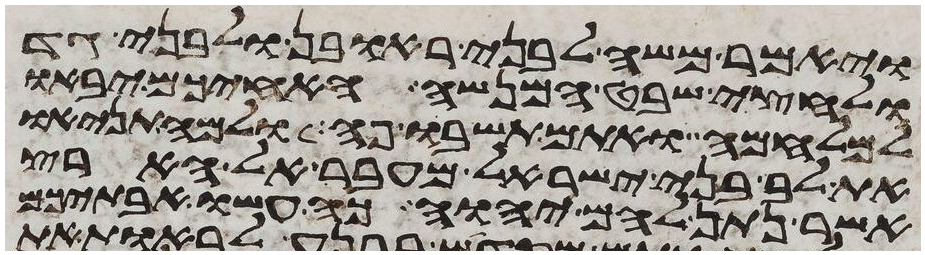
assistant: ויאמר משה לבני ראובן ולבני גד
ולחצי שבט המנשה האחיכם יבאו
למלחמה ואתם תשבו פה ולמה תניאו
את לב בני ישראל מעבר אל הארץ
אשר נתן להם יהוה כה עשו אבתיכם